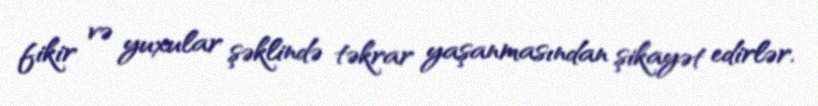
fikir və yuxular şəklində təkrar yaşanmasından şikayət edirlər.